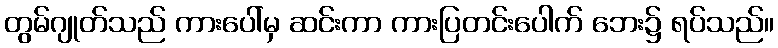
တွမ်ဂျုတ်သည် ကားပေါ်မှ ဆင်းကာ ကားပြတင်းပေါက် ဘေး၌ ရပ်သည်။